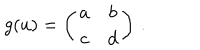
LaTeX: g ( u ) = \left( \begin{array} { c c } { { a } } & { { b } } \\ { { c } } & { { d } } \\ \end{array} \right) \, .